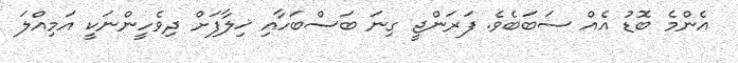
އެންމެ ބޮޑު އެއް ސަބަބެވެ. ފަރަންޖީ ގިނަ ބަސްބަހާއި ޚިލާފަށް ދިވެހީންނަކީ އަމިއްލަ